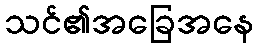
သင်၏အခြေအနေ